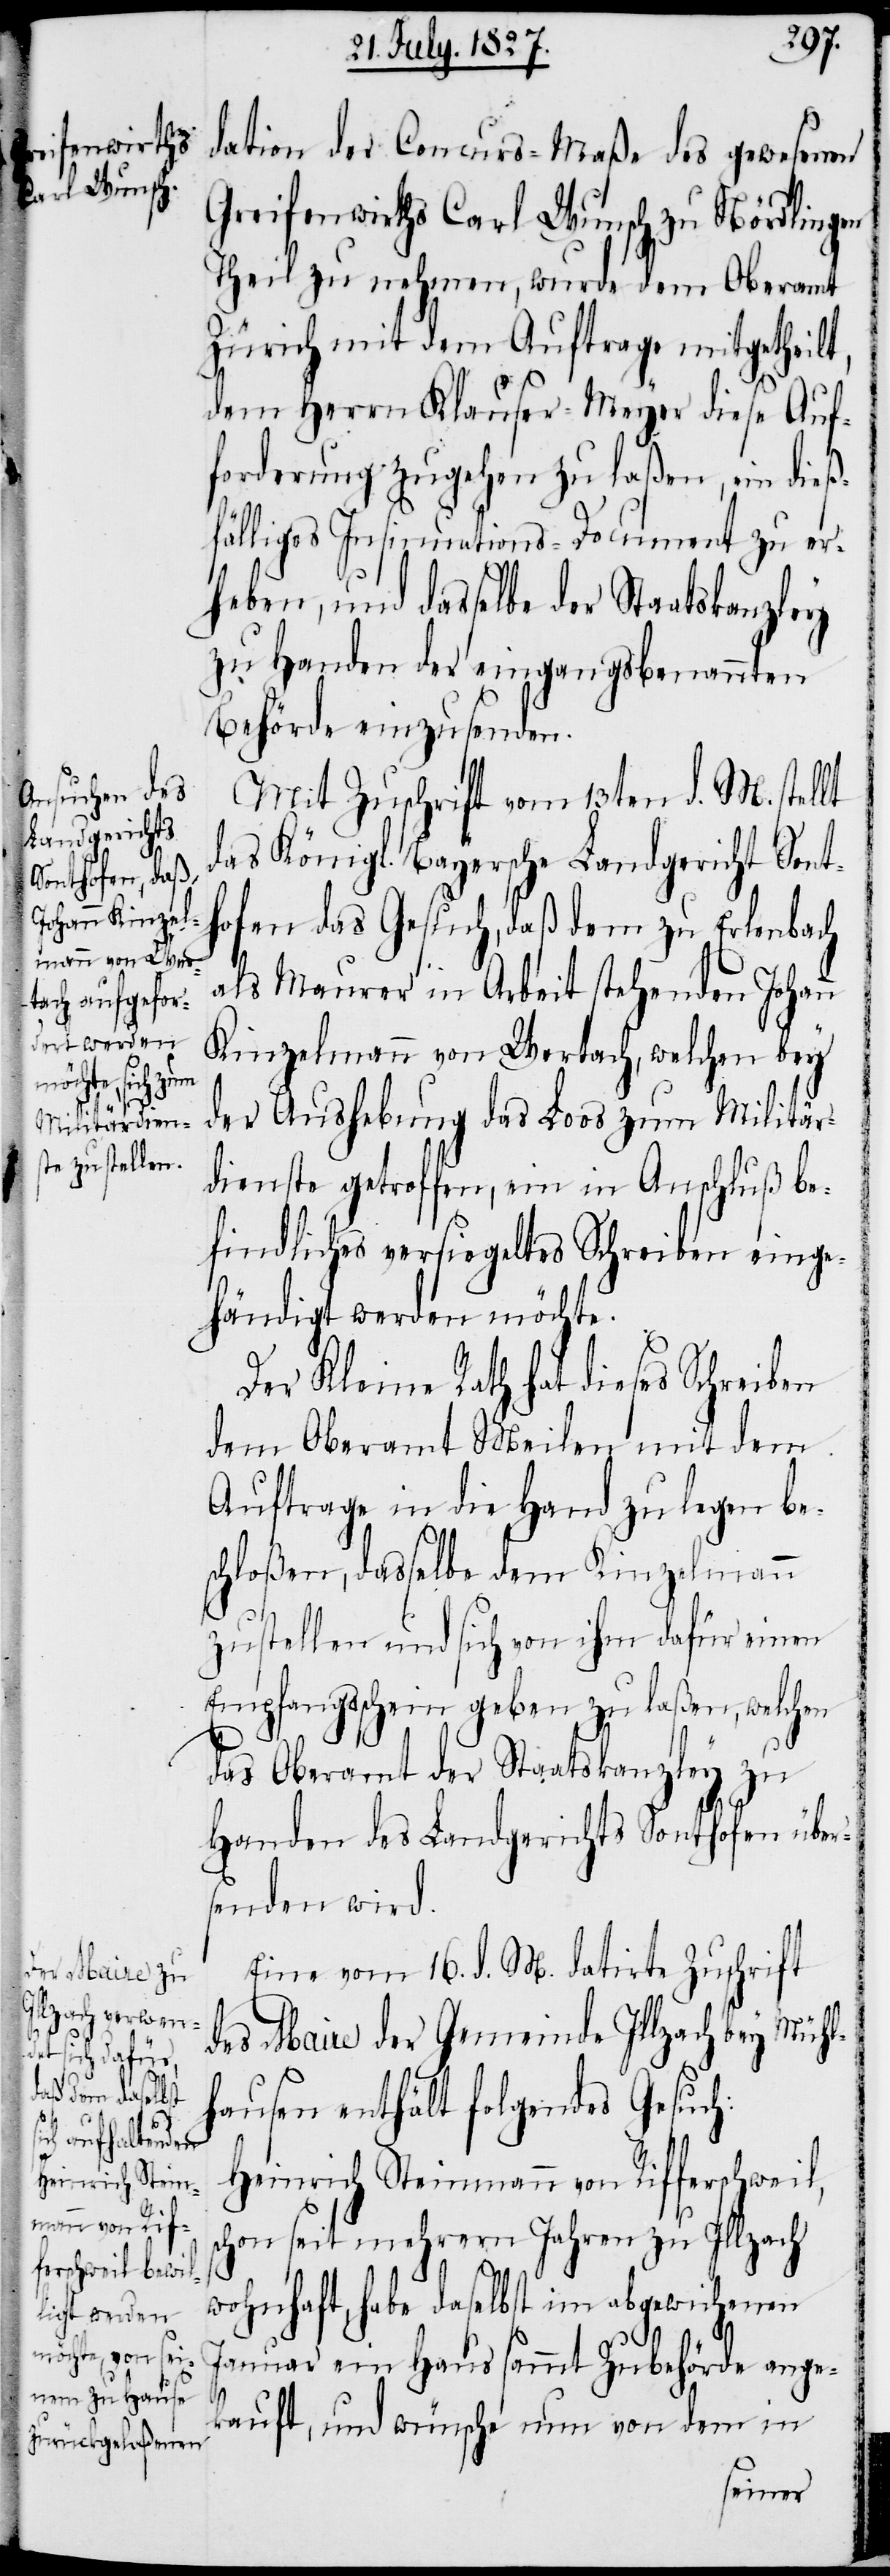
dation der Concurs-Maße des gewesenen
Greifenwirths Carl Wunsch zu Nördlingen
Theil zu nehmen, wurde dem Oberamt
Zürich mit dem Auftrage mitgetheilt,
dem Herrn Klauser-Meyer diese Auf¬
forderung zugehen zu laßen, ein dieß¬
fälliges Insinuations-Document zu er¬
heben, und dasselbe der Staatskanzley
zu Handen der eingangsbenannten
Behörde einzusenden.
Mit Zuschrift vom 13ten d. M. stellt
das Königl. Bayersche Landgericht Sent¬
hofen das Gesuch, daß dem zu Erlenbach
als Maurer in Arbeit stehenden Johann
Kinzelmann von Wertach, welchen bey
der Aushebung das Loos zum Militär¬
dienste getroffen, ein in Anschluß be¬
findliches versiegeltes Schreiben einge¬
händigt werden möchte.
Der Kleine Rath hat dieses Schreiben
dem Oberamt Meilen mit dem
Auftrage in die Hand zu legen be¬
schloßen, dasselbe dem Kinzelmann
zustellen und sich von ihm dafür einen
Empfangsschein geben zu laßen, welchen
das Oberamt der Staatskanzley zu
Handen des Landgerichts Senthofen über¬
senden wird.
Eine vom 16. d. M. datirte Zuschrift
des Maire der Gemeinde Illzach bey Mühl¬
hausen enthält folgendes Gesuch:
Heinrich Steinmann von Rifferschweil,
schon seit mehrern Jahren zu Illzach
wohnhaft, habe daselbst im abgewichenen
Januar ein Haus sammt Zubehörde ange¬
kauft, und wünsche nun von dem in